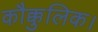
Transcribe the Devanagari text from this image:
कौक्कुलिक।